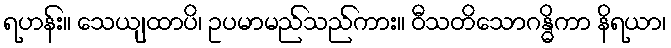
ရဟန်း။ သေယျထာပိ၊ ဥပမာမည်သည်ကား။ ဝီသတိသောဂန္ဓိကာ နိရယာ၊